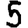
Digit: 5